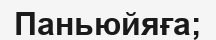
Паньюйяға;